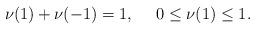
LaTeX: \begin{align*} \nu(1)+\nu(-1)=1, \ \ \ \ 0\leq\nu(1)\leq1.\end{align*}